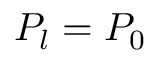
P _ { l } = P _ { 0 }